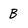
Character: B